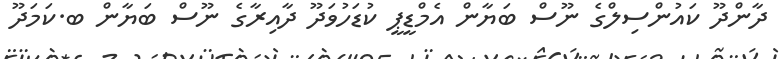
ދާންދޫ ކައުންސިލްގެ ނޫސް ބަޔާން އެމްޑީޕީ ކުޑަހުވަދޫ ދާއިރާގެ ނޫސް ބަޔާން ބ.ކަމަދޫ